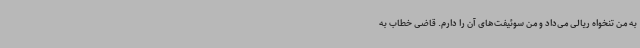
به من تنخواه ریالی می‌داد و من سوئیفت‌های آن را دارم. قاضی خطاب به